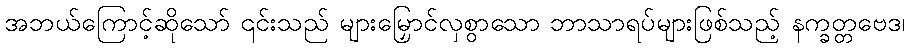
အဘယ်ကြောင့်ဆိုသော် ၎င်းသည် များမြှောင်လှစွာသော ဘာသာရပ်များဖြစ်သည့် နက္ခတ္တဗေဒ၊